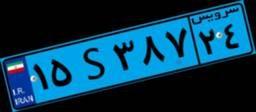
۸۲S۷۰۸۰۰